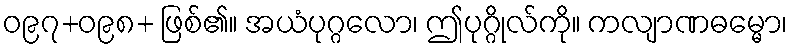
ဝ၉၇+ဝ၉၈+ ဖြစ်၏။ အယံပုဂ္ဂလော၊ ဤပုဂ္ဂိုလ်ကို။ ကလျာဏဓမ္မော၊